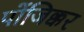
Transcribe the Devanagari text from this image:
पोंजिक्कर